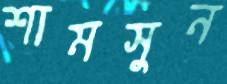
শামসুন